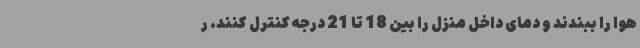
هوا را ببندند و دمای داخل منزل را بین 18 تا 21 درجه کنترل کنند. ر